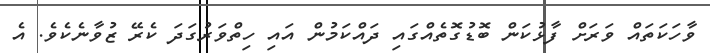
ވާހަކަތައް ވަރަށް ފާޅުކަން ބޮޑުގޮތެއްގައި ދައްކަމުން އައި ހިތްވަރުގަދަ ކެރޭ ޒުވާނެކެވެ. އެ